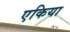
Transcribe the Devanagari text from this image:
एकिया